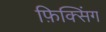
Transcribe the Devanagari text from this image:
फ़िक्सिंग